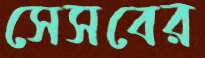
সেসবের